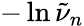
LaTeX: -\ln\tilde{\nu}_{n}